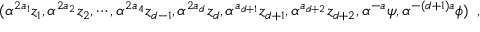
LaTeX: ( { { \alpha } ^ { 2 a _ { 1 } } { z _ { 1 } } , { \alpha } ^ { 2 a _ { 2 } } { z _ { 2 } } , \cdots , { \alpha } ^ { 2 a _ { 4 } } { z _ { d - 1 } } , { \alpha } ^ { 2 a _ { d } } { z _ { d } } , { \alpha } ^ { a _ { d + 1 } } { z _ { d + 1 } } , { \alpha } ^ { a _ { d + 2 } } { z _ { d + 2 } } , { \alpha } ^ { - a } { \psi } , { \alpha } ^ { - ( d + 1 ) a } { \phi } } ) \, \, \, ,